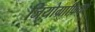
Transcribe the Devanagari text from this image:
जियोग्राफ़िका